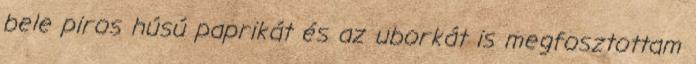
bele piros húsú paprikát és az uborkát is megfosztottam